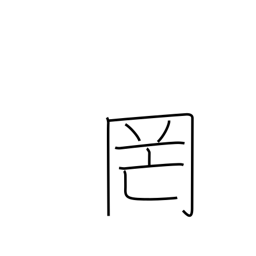
Meaning: net